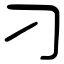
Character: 刁